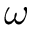
\omega